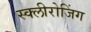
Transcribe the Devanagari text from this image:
स्क्लीरोजिंग